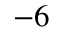
^ { - 6 }